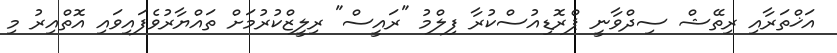
އަޚްތަރާއި ރިތޭޝް ސިދްވާނީ ޕްރޮޑިއުސްކުރާ ފިލްމު "ރައީސް" ރިލީޒްކުރުމަށް ތައްޔާރުވެފައިވައި އޮތްއިރު މި